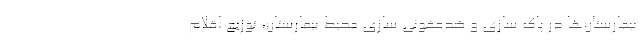
بیمارستان‌ها در پاک سازی و ضدعفونی سازی محیط بیمارستان، توزیع اقلام